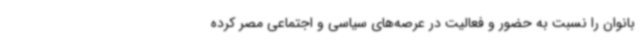
بانوان را نسبت به حضور و فعالیت در عرصه‌های سیاسی و اجتماعی مصر کرده